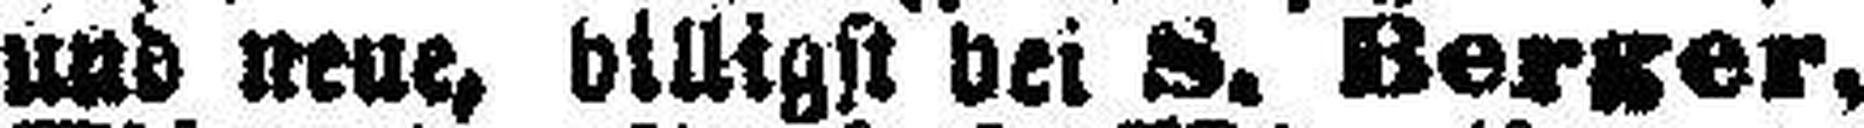
und neue, billigst bei S. Berger.